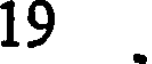
19